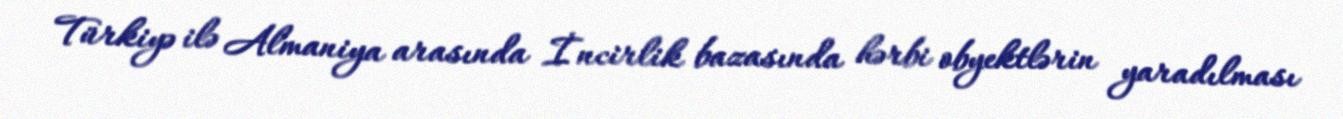
Türkiyə ilə Almaniya arasında İncirlik bazasında hərbi obyektlərin yaradılması